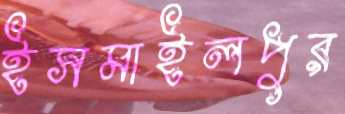
ইসমাইলপুর